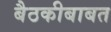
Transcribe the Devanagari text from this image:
बैठकीबाबत